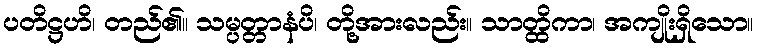
ပတိဋ္ဌဟိ၊ တည်၏။ သမ္ပတ္တာနံပိ၊ တို့အားလည်း။ သာတ္ထိကာ၊ အကျိုးရှိသော။